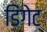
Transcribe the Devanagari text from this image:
डिंगेट